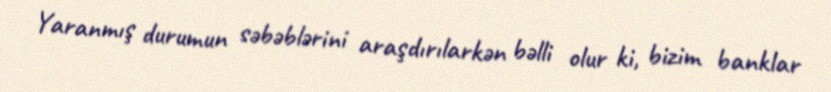
Yaranmış durumun səbəblərini araşdırılarkən bəlli olur ki, bizim banklar